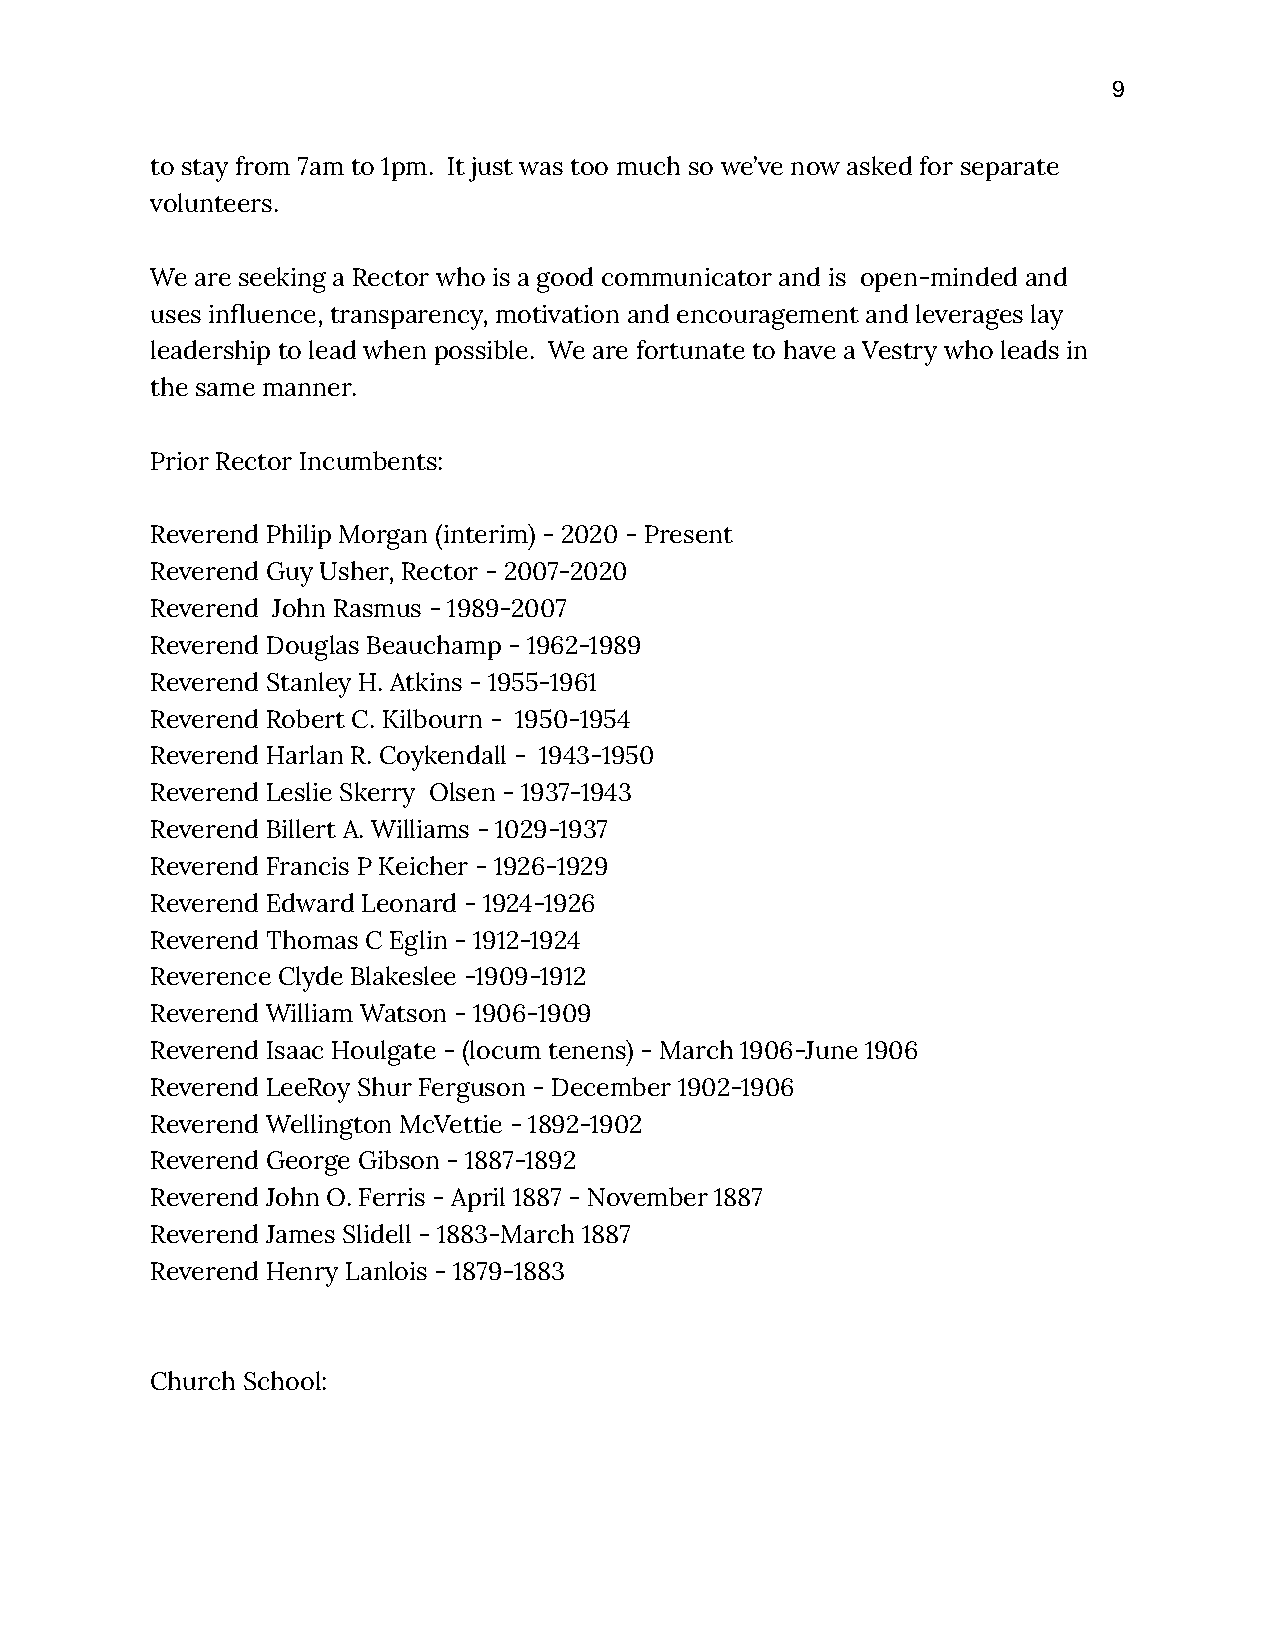
9
 to stay from 7am to 1pm. It just was too much so we’ve now asked for separate
 volunteers.
 We are seeking a Rector who is a good communicator and is open-minded and
 uses influence, transparency, motivation and encouragement and leverages lay
 leadership to lead when possible. We are fortunate to have a Vestry who leads in
 the same manner.
 Prior Rector Incumbents:
 Reverend Philip Morgan (interim) - 2020 - Present
 Reverend Guy Usher, Rector - 2007-2020
 Reverend John Rasmus - 1989-2007
 Reverend Douglas Beauchamp - 1962-1989
 Reverend Stanley H. Atkins - 1955-1961
 Reverend Robert C. Kilbourn - 1950-1954
 Reverend Harlan R. Coykendall - 1943-1950
 Reverend Leslie Skerry Olsen - 1937-1943
 Reverend Billert A. Williams - 1029-1937
 Reverend Francis P Keicher - 1926-1929
 Reverend Edward Leonard - 1924-1926
 Reverend Thomas C Eglin - 1912-1924
 Reverence Clyde Blakeslee -1909-1912
 Reverend William Watson - 1906-1909
 Reverend Isaac Houlgate - (locum tenens) - March 1906-June 1906
 Reverend LeeRoy Shur Ferguson - December 1902-1906
 Reverend Wellington McVettie - 1892-1902
 Reverend George Gibson - 1887-1892
 Reverend John O. Ferris - April 1887 - November 1887
 Reverend James Slidell - 1883-March 1887
 Reverend Henry Lanlois - 1879-1883
 Church School: